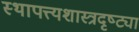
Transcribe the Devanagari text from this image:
स्थापत्त्यशास्त्रदृष्ट्या